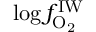
\log { f _ { \mathrm { O _ { 2 } } } ^ { \mathrm { I W } } }